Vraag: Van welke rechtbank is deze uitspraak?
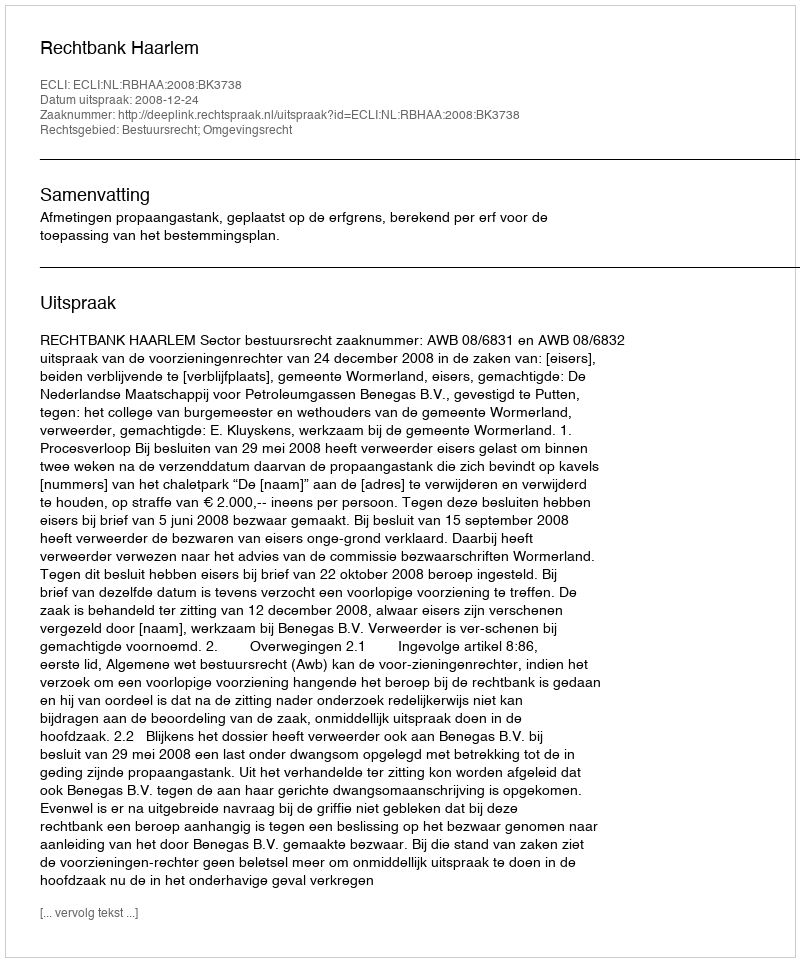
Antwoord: Rechtbank Haarlem